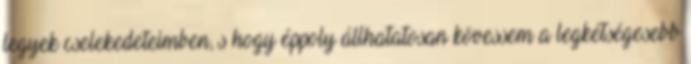
legyek cselekedeteimben, s hogy éppoly állhatatosan kövessem a legkétségesebb